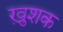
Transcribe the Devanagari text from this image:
ख़ुशक